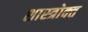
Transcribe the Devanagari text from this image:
शास्‍त्रोक्‍त